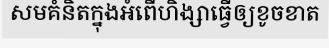
សមគំនិតក្នុងអំពើហិង្សាធ្វើឲ្យខូចខាត